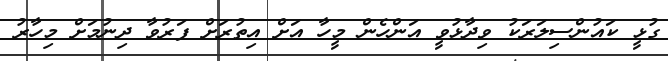
ގުޅީ ކައުންސިލަރަކު ވިދާޅުވީ އަންހެން މީހާ އަށް އިތުރަށް ފަރުވާ ދިނުމަށް މިހާރު